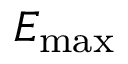
{ E } _ { \mathrm { m a x } }